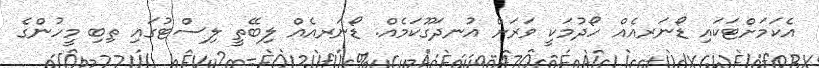
އެކަމަށްޓަކައި ޑޯނަރއެއް ހޯދުމަކީ ވަރަށް އުނދަގޫކަމެއް. ޑޯނަރއެއް ލިބޭތީ ލިސްޓުގައި ތިބި މީހުންގެ